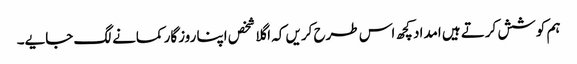
ہم کوشش کرتے ہیں امداد کچھ اس طرح کریں کہ اگلا شخص اپنا روزگار کمانے لگ جایے۔